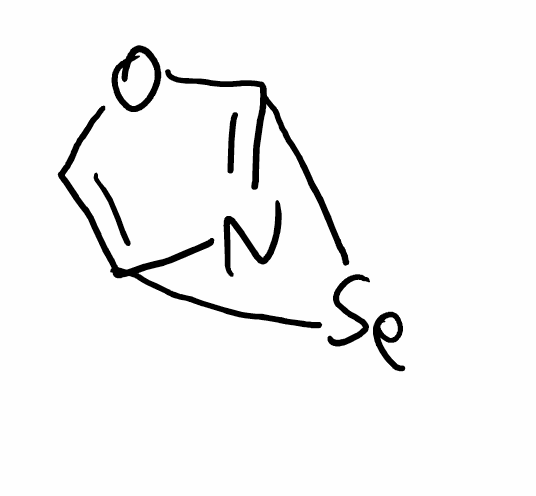
Simplified molecular-input line-entry system (SMILES) notation of the given molecule:
C1=C2N=C(O1)[Se]2